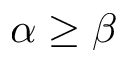
\alpha \geq \beta